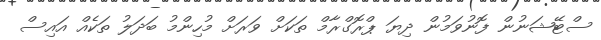
ސްޓޭޝަނުން ފޮނުވަމުން ދިޔަ ޕްރޮގްރާމް ތަކަށް ވަރަށް މުހިންމު ބަދަލު ތަކެއް އައިސް